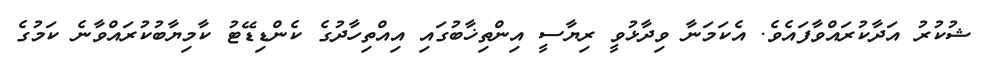
ޝުކުރު އަދާކުރައްވާފައެވެ. އެކަމަނާ ވިދާޅުވީ ރިޔާސީ އިންތިޚާބުގައި އިއްތިހާދުގެ ކެންޑިޑޭޓު ކާމިޔާބުކުރައްވާނެ ކަމުގެ